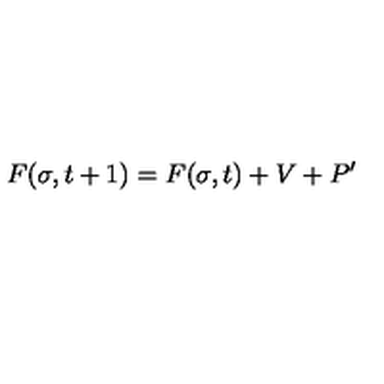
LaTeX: F ( \sigma , t + 1 ) = F ( \sigma , t ) + V + P ^ { \prime }